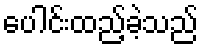
ပေါင်းထည့်ခဲ့သည်